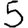
Digit: 5